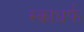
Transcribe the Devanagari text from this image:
स्काधर्फ